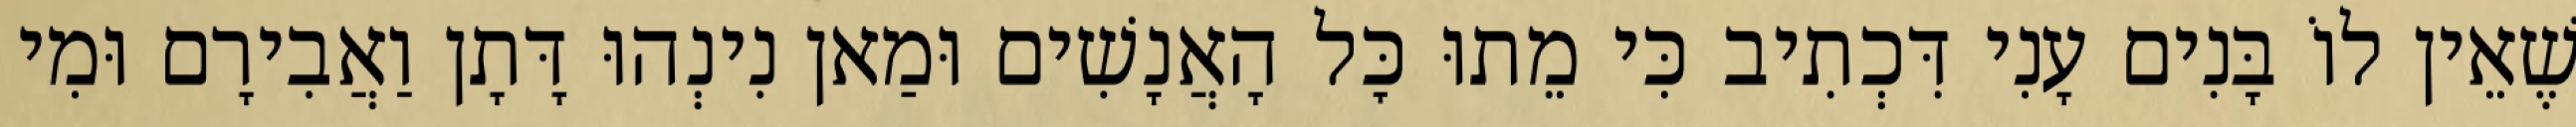
שֶׁאֵין לוֹ בָּנִים עָנִי דִּכְתִיב כִּי מֵתוּ כׇּל הָאֲנָשִׁים וּמַאן נִינְהוּ דָּתָן וַאֲבִירָם וּמִי